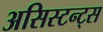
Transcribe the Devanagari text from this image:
असिस्टन्ट्स